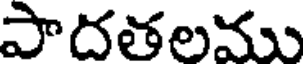
పాదతలము